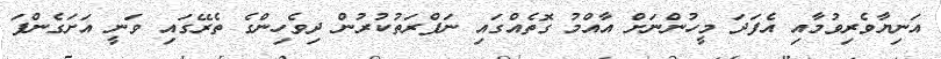
އަނިޔާވެރިވުމާއި އެފަދަ މީހުންނަށް އާއްމު ގޮތެއްގައި ނަފްރަތުކުރުން ދިވެހިންގެ ތެރޭގައި ވަނީ އަށަގެންފަ